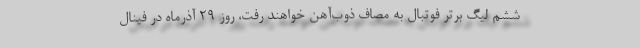
ششم لیگ برتر فوتبال به مصاف ذوب‌آهن خواهند رفت، روز ۲۹ آذرماه در فینال